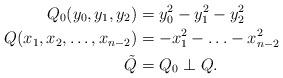
LaTeX: \begin{align*}Q_0(y_0,y_1,y_2) &=y_0^2-y_1^2-y_2^2\\Q(x_1,x_2,\ldots,x_{n-2}) & = -x_1^2-\ldots-x_{n-2}^2\\\tilde{Q} &=Q_0\perp Q.\end{align*}